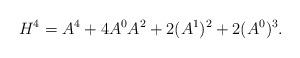
LaTeX: \begin{align*}H^4=A^4+4A^0A^2+2(A^1)^2+2(A^0)^3.\end{align*}